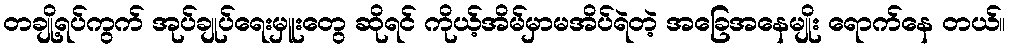
တချို့ရပ်ကွက် အုပ်ချုပ်ရေးမှူးတွေ ဆိုရင် ကိုယ့်အိမ်မှာမအိပ်ရဲတဲ့ အခြေအနေမျိုး ရောက်နေ တယ်။